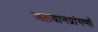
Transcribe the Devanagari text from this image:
जलयानप्रांगणों